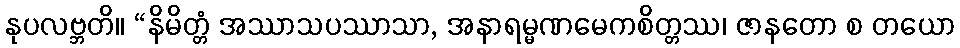
နုပလဗ္ဘတိ။ “နိမိတ္တံ အဿာသပဿာသာ, အနာရမ္မဏမေကစိတ္တဿ၊ ဇာနတော စ တယော